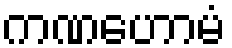
ကဏဟောမံ